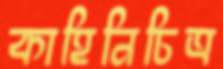
কাহিনিচিত্র